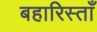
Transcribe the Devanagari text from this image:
बहारिस्ताँ